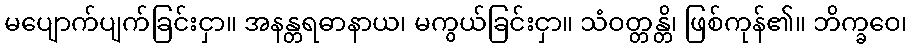
မပျောက်ပျက်ခြင်းငှာ။ အနန္တရဓာနာယ၊ မကွယ်ခြင်းငှာ။ သံဝတ္တန္တိ၊ ဖြစ်ကုန်၏။ ဘိက္ခဝေ၊